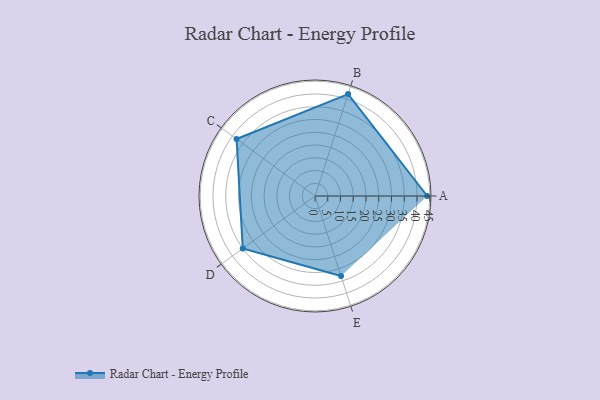
{"axis": {"x": "Skill", "y": "Score"}, "legend": ["Profile"], "data": [{"x": "A", "y": 44.0, "type": "Profile"}, {"x": "B", "y": 42.0, "type": "Profile"}, {"x": "C", "y": 38.0, "type": "Profile"}, {"x": "D", "y": 35.0, "type": "Profile"}, {"x": "E", "y": 33.0, "type": "Profile"}]}